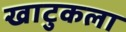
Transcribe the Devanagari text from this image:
खाटुकला